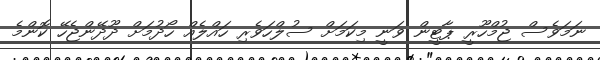
ނަމަވެސް ޖުމްހޫރީ ޕާޓީން ވަނީ މިކަމަށް ސުލްހަވެރި ހައްލެއް ހޯދުމަށް ދޫދޭންޖެހޭ ކޮންމެ